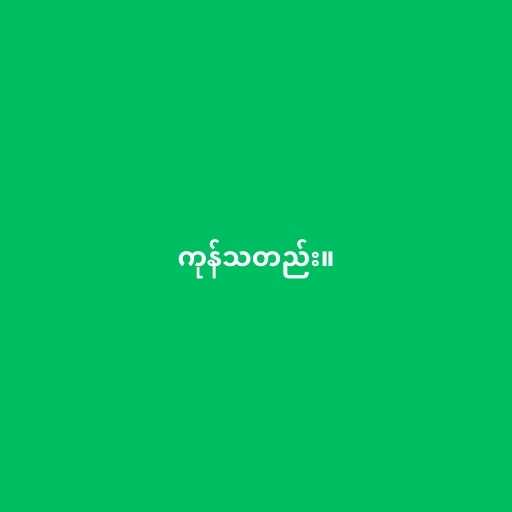
ကုန်သတည်း။